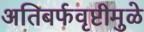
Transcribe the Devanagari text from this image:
अतिबर्फवृष्टीमुळे